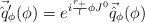
LaTeX: \begin{align*}\vec{\hat{q}'}_{\phi}(\phi) = e^{i\frac{r_+}{l} \phi J^0}\vec{\hat{q}}_{\phi} ( \phi)\end{align*}